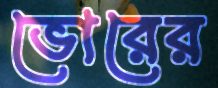
ভোরের